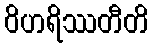
ဝိဟရိဿတီတိ